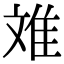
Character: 𮥷